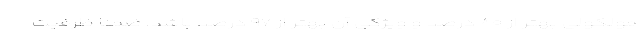
مولکولی بهتر از ۸۰ درصد و ویژگی آن بهتر از ۹۷ درصد باشد. ضمنا ظرفیت